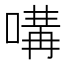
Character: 㗕